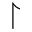
\upharpoonright